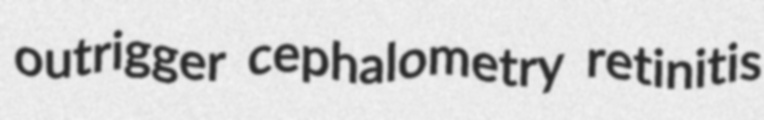
outrigger cephalometry retinitis